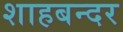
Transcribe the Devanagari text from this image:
शाहबन्दर